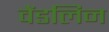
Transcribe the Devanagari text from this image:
वेंडलिन